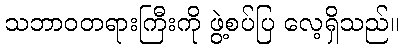
သဘာဝတရားကြီးကို ဖွဲ့စပ်ပြ လေ့ရှိသည်။